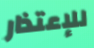
للإعتذار